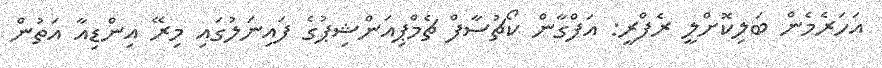
އަހަރެމެން ބަލިކޮށްލީ ރެފްރީ: އަފްގާން ކޯޗުސާފް ޗެމްޕިއަންޝިޕުގެ ފައިނަލުގައި މިރޭ އިންޑިއާ އަތުން